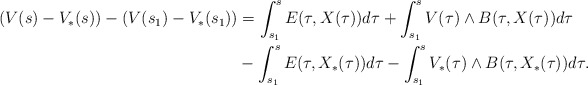
\begin{align*}(V(s)-V_*(s))-(V(s_1)-V_*(s_1))&=\int_{s_1}^{s} E(\tau,X(\tau))d\tau+\int_{s_1}^{s}V(\tau) \wedge B(\tau,X(\tau))d\tau\\&-\int_{s_1}^{s} E(\tau,X_*(\tau))d\tau-\int_{s_1}^{s}V_*(\tau) \wedge B(\tau,X_*(\tau))d\tau.\end{align*}